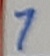
Text: 7